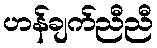
ဟန်ချက်ညီညီ